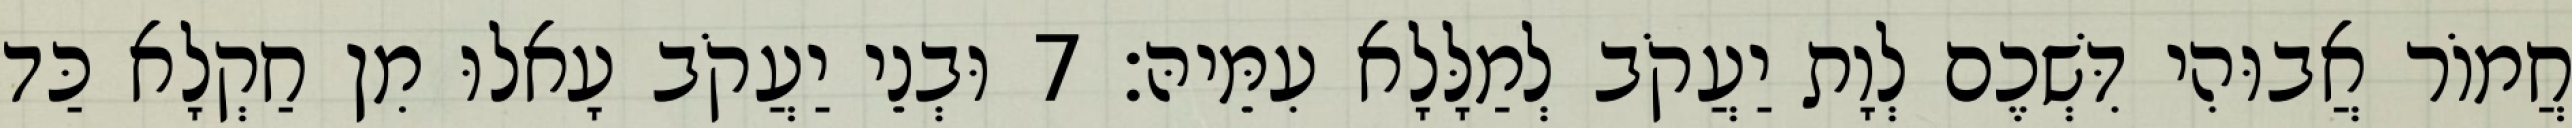
חֲמוֹר אֲבוּהִי דִּשְׁכֶם לְוָת יַעֲקֹב לְמַלָּלָא עִמֵּיהּ׃ 7 וּבְנֵי יַעֲקֹב עָאלוּ מִן חַקְלָא כַּד